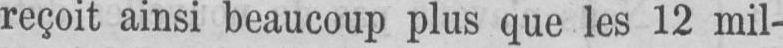
reçoit ainsi beaucoup plus que les 12 mil-